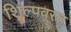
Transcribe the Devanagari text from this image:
शिल्पवस्तु